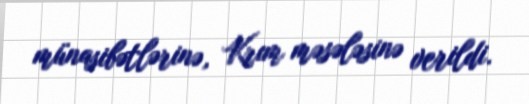
münasibətlərinə, Krım məsələsinə verildi.